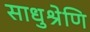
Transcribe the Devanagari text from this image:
साधुश्रेणि